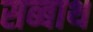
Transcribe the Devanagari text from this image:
सब्‍बाथ